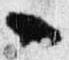
々